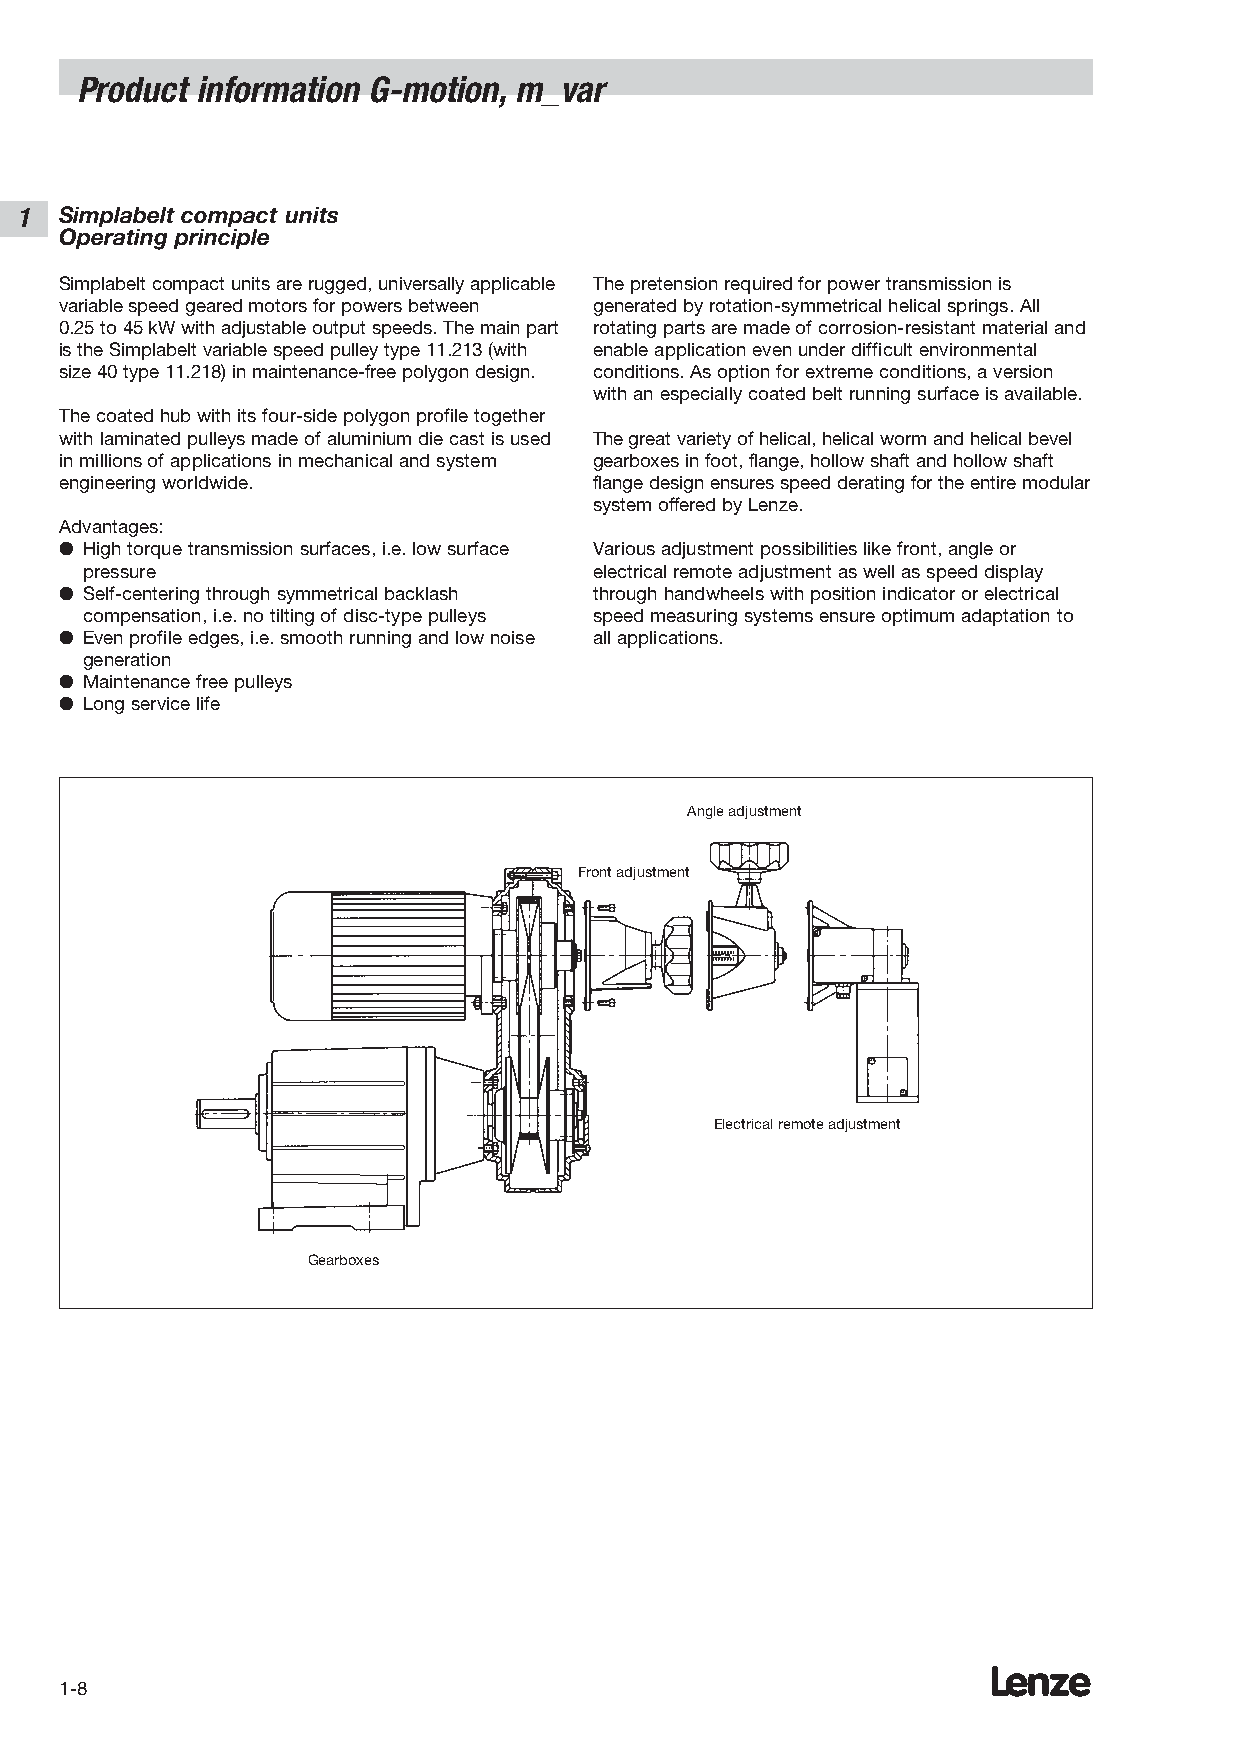
Product information G-motion, m_var
 1  Simplabelt compact units
 Operating principle
 Simplabelt compact units are rugged, universally applicable The pretension required for power transmission is
 variable speed geared motors for powers between generated by rotation-symmetrical helical springs. All
 0.25 to 45 kW with adjustable output speeds. The main part rotating parts are made of corrosion-resistant material and
 is the Simplabelt variable speed pulley type 11.213 (with enable application even under difficult environmental
 size 40 type 11.218) in maintenance-free polygon design. conditions. As option for extreme conditions, a version
 with an especially coated belt running surface is available.
 The coated hub with its four-side polygon profile together
 with laminated pulleys made of aluminium die cast is used The great variety of helical, helical worm and helical bevel
 in millions of applications in mechanical and system gearboxes in foot, flange, hollow shaft and hollow shaft
 engineering worldwide.             flange design ensures speed derating for the entire modular
 system offered by Lenze.
 Advantages:
 ● High torque transmission surfaces, i.e. low surface Various adjustment possibilities like front, angle or
 pressure                          electrical remote adjustment as well as speed display
 ● Self-centering through symmetrical backlash through handwheels with position indicator or electrical
 compensation, i.e. no tilting of disc-type pulleys speed measuring systems ensure optimum adaptation to
 ● Even profile edges, i.e. smooth running and low noise all applications.
 generation
 ● Maintenance free pulleys
 ● Long service life
 Angle adjustment
 Front adjustment
 Electrical remote adjustment
 Gearboxes
 Lenze
 1-8